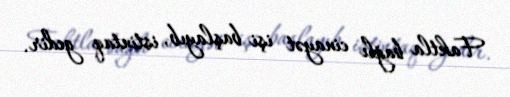
Faktla bağlı cinayət işi başlayıb, istintaq gedir.